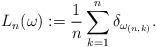
LaTeX: \begin{align*}L_n(\omega) := \frac{1}{n}\sum_{k=1}^n\delta_{\omega_{(n,k)}}.\end{align*}